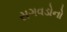
સગવડોનો